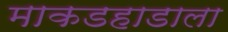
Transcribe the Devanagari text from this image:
माकडहाडाला